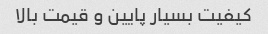
کیفیت بسیار پایین و قیمت بالا